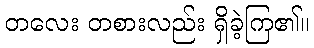
တလေး တစားလည်း ရှိခဲ့ကြ၏။